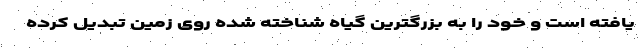
یافته است و خود را به بزرگترین گیاه شناخته شده روی زمین تبدیل کرده